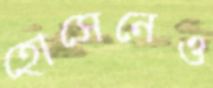
হোসেনেও